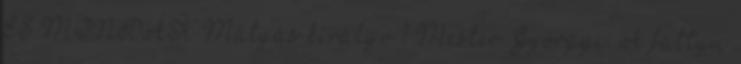
ÉS MONDÁK Mátyás királyr 1 Mester Györgyi: A fattyú